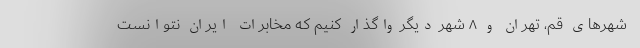
شهرهای قم، تهران و ۸ شهر دیگر واگذار کنیم که مخابرات ایران نتوانست